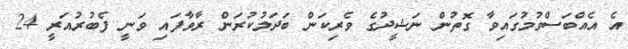
އެ އެއްބަސްވުމުގައިވާ ގޮތުން ނަޝީދުގެ ވެރިކަން ބަދަލުކުރަން ރާވާފައި ވަނީ ފެބުރުއަރީ 24